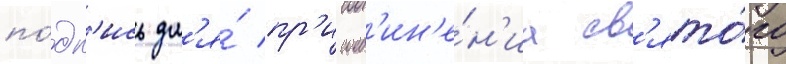
по́дп'ись дл'я́ пр'исоед'ин'е́н'иа св'ято́го